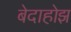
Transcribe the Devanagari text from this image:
बेदाहोझ